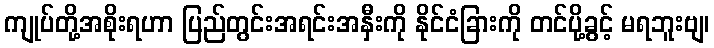
ကျုပ်တို့အစိုးရဟာ ပြည်တွင်းအရင်းအနှီးကို နိုင်ငံခြားကို တင်ပို့ခွင့် မရဘူးဗျ၊